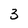
Character: 3